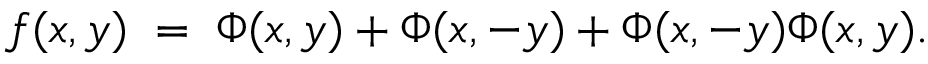
f ( x , y ) \; = \; \Phi ( x , y ) + \Phi ( x , - y ) + \Phi ( x , - y ) \Phi ( x , y ) .